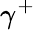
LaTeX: \gamma^{+}